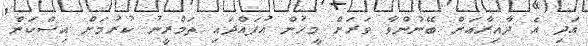
އަދި އެ ދާއިރާއަށް ބޭނުންވާ ވަރަށް މީހުން އުފައްދައި ތަމްރީނު ކުރުމަށް އިސްކަން